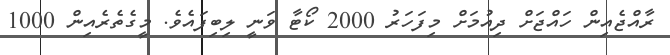
ރާއްޖެއިން ހައްޖަށް ދިއުމަށް މިފަހަރު 2000 ކޯޓާ ވަނީ ލިބިފައެވެ. މީގެތެރެއިން 1000